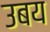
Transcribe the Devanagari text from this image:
उबय